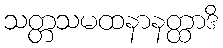
သတ္တသမထနာနတ္ထာဒိ